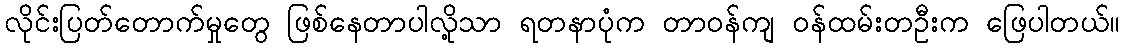
လိုင်းပြတ်တောက်မှုတွေ ဖြစ်နေတာပါလို့သာ ရတနာပုံက တာဝန်ကျ ဝန်ထမ်းတဦးက ဖြေပါတယ်။